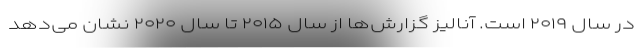
در سال ۲۰۱۹ است. آنالیز گزارش‌ها از سال ۲۰۱۵ تا سال ۲۰۲۰ نشان می‌دهد